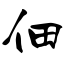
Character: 佃